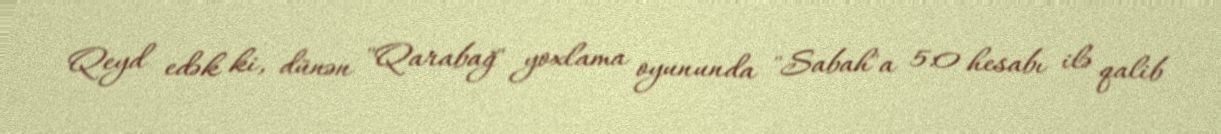
Qeyd edək ki, dünən "Qarabağ" yoxlama oyununda "Sabah"a 5:0 hesabı ilə qalib